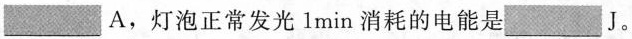
___A，灯泡正常发光 1 min消耗的电能是___ J。